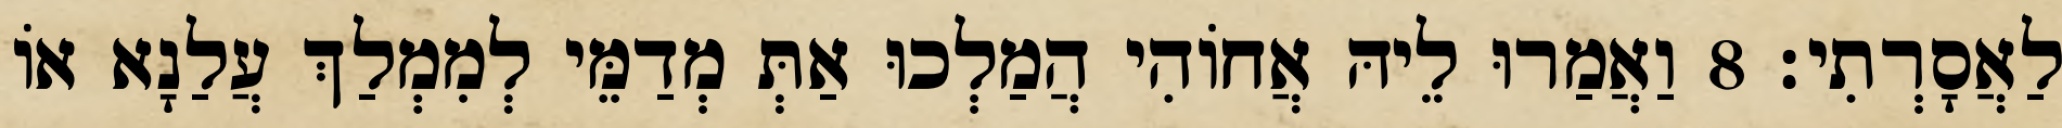
לַאֲסָרְתִי׃ 8 וַאֲמַרוּ לֵיהּ אֲחוֹהִי הֲמַלְכוּ אַתְּ מְדַמֵּי לְמִמְלַךְ עֲלַנָא אוֹ